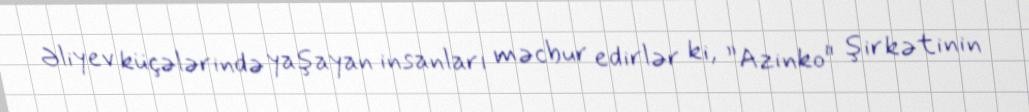
Əliyev küçələrində yaşayan insanları məcbur edirlər ki, ”Azinko" şirkətinin